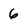
Character: 6